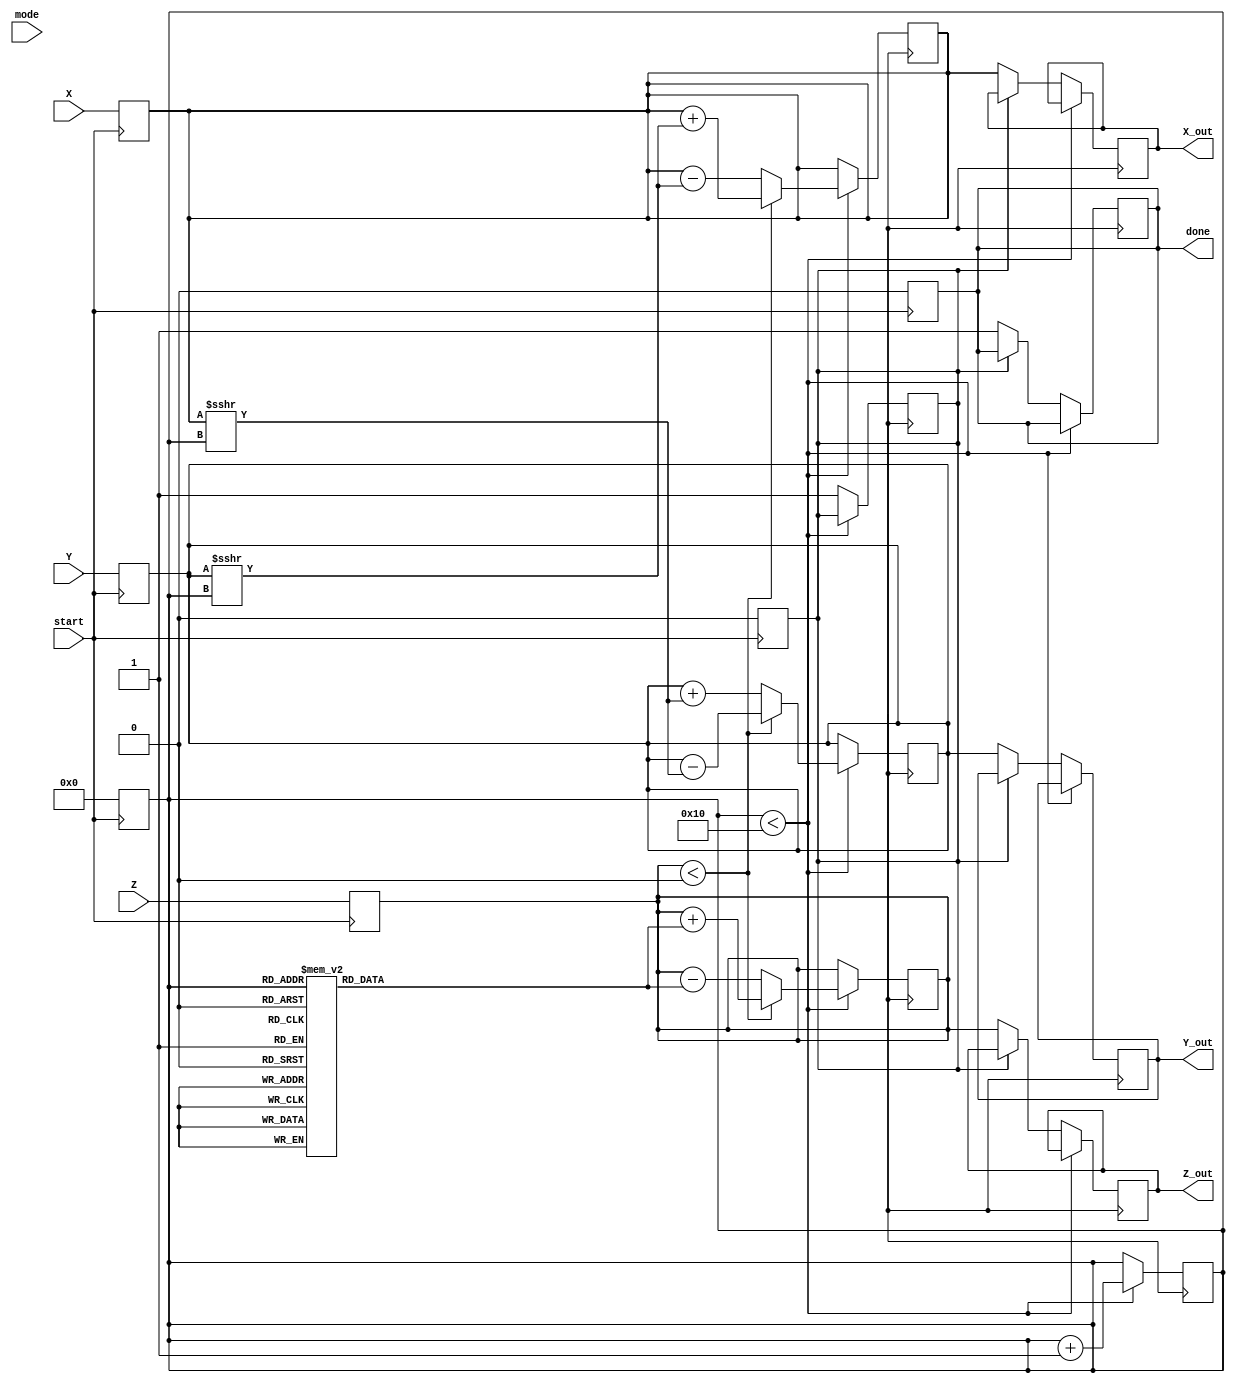
module cordic_multidimensional #(
    parameter WIDTH = 16, // Width of the fixed-point representation
    parameter ITERATIONS = 16 // Number of iterations for CORDIC
)(
    input wire signed [WIDTH-1:0] X,
    input wire signed [WIDTH-1:0] Y,
    input wire signed [WIDTH-1:0] Z,
    input wire [1:0] mode, // Control signal for operation mode (e.g., 00=rotation, 01=vectoring)
    input wire start,
    output reg signed [WIDTH-1:0] X_out,
    output reg signed [WIDTH-1:0] Y_out,
    output reg signed [WIDTH-1:0] Z_out,
    output reg done
);

    reg signed [WIDTH-1:0] x_reg;
    reg signed [WIDTH-1:0] y_reg;
    reg signed [WIDTH-1:0] z_reg;
    reg [3:0] iteration_count;
    reg calc_done;
    
    // CORDIC angle lookup table for arctan(2^-i) where i is the iteration index
    reg signed [WIDTH-1:0] atan_table[0:ITERATIONS-1];

    initial begin
        // Initializing the arctangent values (scaled for fixed-point)
        atan_table[0] = 16'h2000; // atan(2^0)
        atan_table[1] = 16'h1000; // atan(2^-1)
        atan_table[2] = 16'h0800; // atan(2^-2)
        // ... Fill the rest of the atan table for required iterations
        // You can adjust the values based on fixed-point scaling
    end

    always @(posedge start) begin
        // Reset the registers for new computation
        x_reg = X;
        y_reg = Y;
        z_reg = Z;
        iteration_count = 0;
        done = 0;
        calc_done = 0;
    end

    always @(posedge clk) begin
        if (iteration_count < ITERATIONS) begin
            if (z_reg < 0) begin
                // Apply the CORDIC rotation (counter-clockwise)
                x_reg <= x_reg + (y_reg >>> iteration_count);
                y_reg <= y_reg - (x_reg >>> iteration_count);
                z_reg <= z_reg + atan_table[iteration_count];
            end else begin
                // Apply the CORDIC rotation (clockwise)
                x_reg <= x_reg - (y_reg >>> iteration_count);
                y_reg <= y_reg + (x_reg >>> iteration_count);
                z_reg <= z_reg - atan_table[iteration_count];
            end
            
            iteration_count <= iteration_count + 1;
        end else if (!calc_done) begin
            // Final results are stored
            X_out <= x_reg;
            Y_out <= y_reg;
            Z_out <= z_reg;
            done <= 1;
            calc_done <= 1;
        end
    end
endmodule